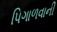
પિગાળવાની